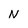
Character: N